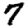
Digit: 7